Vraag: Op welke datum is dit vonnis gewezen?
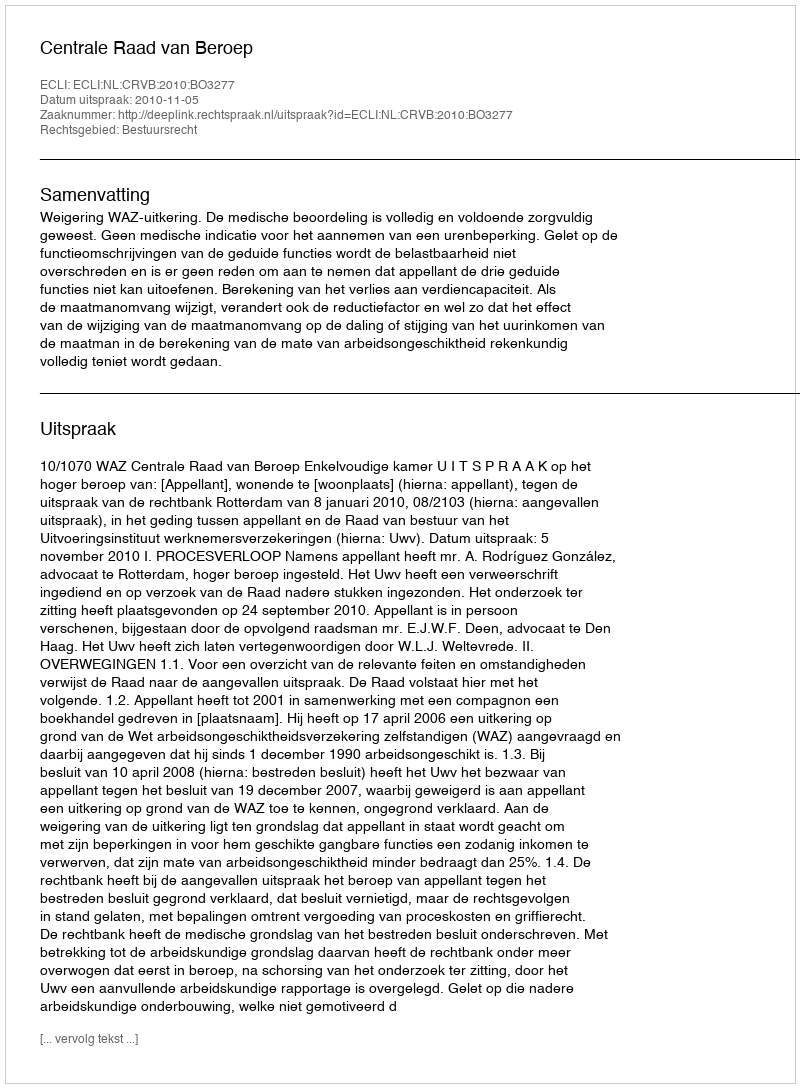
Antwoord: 2010-11-05